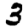
Digit: 3